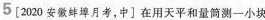
5[2020安徽蚌埠月考，中〕在用天平和量筒测-小块